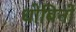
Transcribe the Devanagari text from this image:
धोबिनों